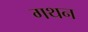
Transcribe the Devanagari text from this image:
गथन